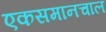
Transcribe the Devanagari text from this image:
एकसमानचाल